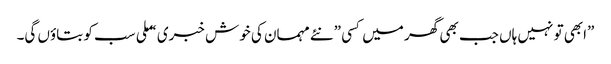
”ابھی تو نہیں ہاں جب بھی گھر میں کسی ”نئے مہمان کی خوش خبری “ ملی سب کو بتاوٴں گی۔